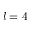
l = 4